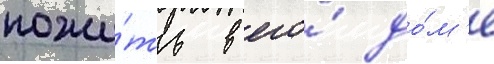
пожи́ть в его́ до́м'е